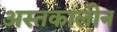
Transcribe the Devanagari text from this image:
अस्तकालीन